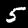
Digit: 5